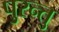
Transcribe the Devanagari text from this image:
पुरन्तु